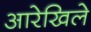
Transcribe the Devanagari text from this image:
आरेखिले